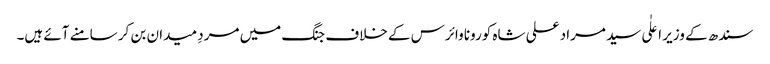
سندھ کے وزیر اعلٰی سید مراد علی شاہ کورونا وائرس کے خلاف جنگ میں مردِ میدان بن کر سامنے آئے ہیں۔